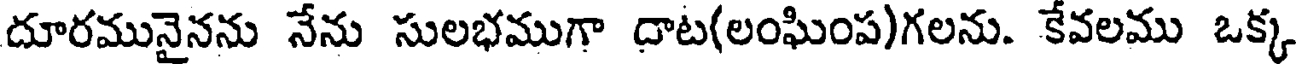
దూరమునైనను నేను సులభముగా దాట(లంఘింప)గలను. కేవలము ఒక్క